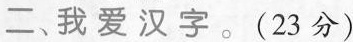
二、我爱汉字。(23分)